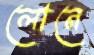
লোনে